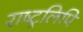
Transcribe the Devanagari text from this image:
राष्ट्रलिपि